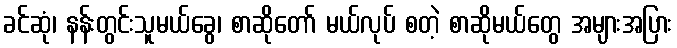
ခင်ဆုံ၊ နန်းတွင်းသူမယ်ခွေ၊ စာဆိုတော် မယ်လုပ် စတဲ့ စာဆိုမယ်တွေ အများအပြား